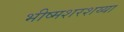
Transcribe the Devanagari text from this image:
भीष्मशरशय्या